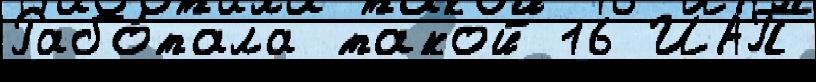
Рабо́тала такой 16 ИАП